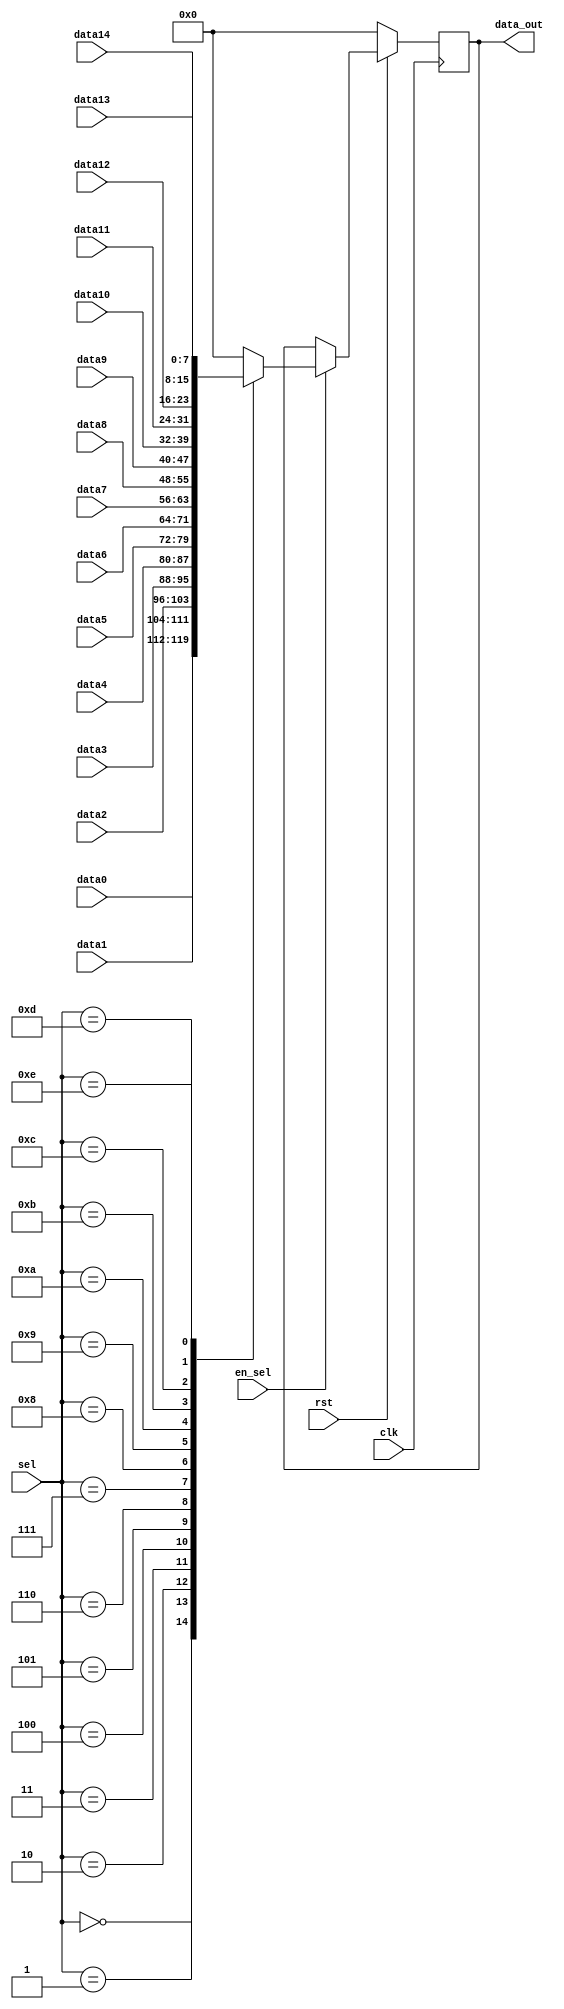
//
// Verilog Module mopshub_lib.mux32_Nbit
//
// Created:
//          by - dcs.dcs (chipdev2.physik.uni-wuppertal.de)
//          at - 22:55:59 07/24/21
//
// using Mentor Graphics HDL Designer(TM) 2019.4 (Build 4)
//

`resetall
`timescale 1ns/10ps
module mux8_1_8bit( 
  // Port Declarations
  input   wire            clk, 
  input   wire            rst, 
  input   wire    [7:0]  data0, 
  input   wire    [7:0]  data1, 
  input   wire    [7:0]  data2, 
  input   wire    [7:0]  data3, 
  input   wire    [7:0]  data4, 
  input   wire    [7:0]  data5, 
  input   wire    [7:0]  data6, 
  input   wire    [7:0]  data7,  
  input   wire    [7:0]  data8, 
  input   wire    [7:0]  data9, 
  input   wire    [7:0]  data10, 
  input   wire    [7:0]  data11, 
  input   wire    [7:0]  data12,
  input   wire    [7:0]  data13, 
  input   wire    [7:0]  data14,
  input   wire    [7:0]   sel, 
  input   wire    en_sel, 
  output  wire    [7:0]  data_out
  );
  // Internal Declarations
  reg [7:0] data_out_r;
  initial data_out_r =8'b0;
  assign data_out = data_out_r;
  /////////////////////////////////////////////////////////////////
always @ (posedge clk)
if (!rst) data_out_r <=16'b0;
else
  begin 
    if (en_sel)
    case (sel)
      8'h0  : data_out_r<=data0;
      8'h1  : data_out_r<=data1;
      8'h2  : data_out_r<=data2;
      8'h3  : data_out_r<=data3;
      8'h4  : data_out_r<=data4;
      8'h5  : data_out_r<=data5;
      8'h6  : data_out_r<=data6;
      8'h7  : data_out_r<=data7;
      8'h8  : data_out_r<=data8;
      8'h9  : data_out_r<=data9;
      8'hA  : data_out_r<=data10;
      8'hB  : data_out_r<=data11;
      8'hC  : data_out_r<=data12;
      8'hD  : data_out_r<=data13;
      8'hE  : data_out_r<=data14;
                  
      default : data_out_r<=8'b0;
      
    endcase
  else  data_out_r <=data_out_r;
  end
  
endmodule